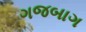
ગજબાગ